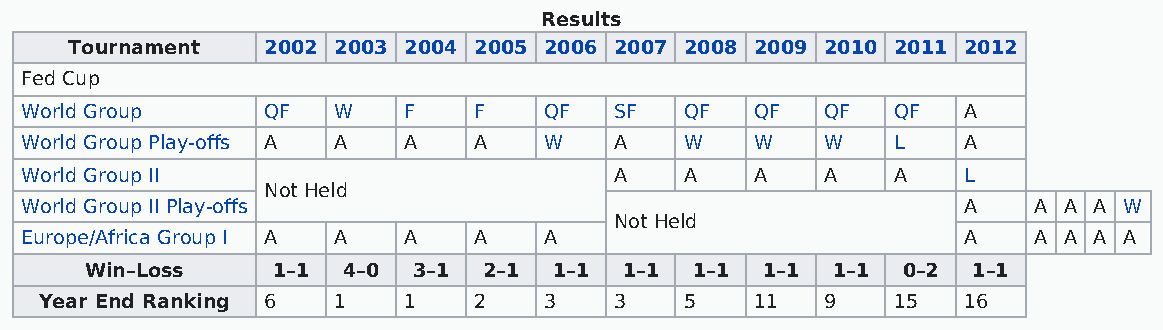
Results
 Tournament  2002 2003 2004 2005 2006 2007 2008 2009 2010 2011 2012
 Fed Cup
 World Group     QF   W    F   F    QF   SF  QF   QF   QF  QF   A
 World Group Play-offs A A A   A    W    A   W    W    W   L    A
 World Group II                          A   A    A    A   A    L
 Not Held
 World Group II Play-offs                                       A   A A A W
 Not Held
 Europe/Africa Group I A A A   A    A                           A   A A A A
 Win–Loss    1–1  4–0 3–1  2–1  1–1 1–1  1–1 1–1  1–1  0–2 1–1
 Year End Ranking 6 1    1   2    3    3   5    11   9   15   16